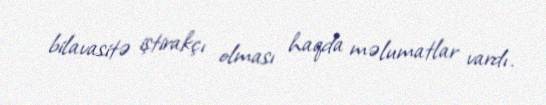
bilavasitə iştirakçı olması haqda məlumatlar vardı.